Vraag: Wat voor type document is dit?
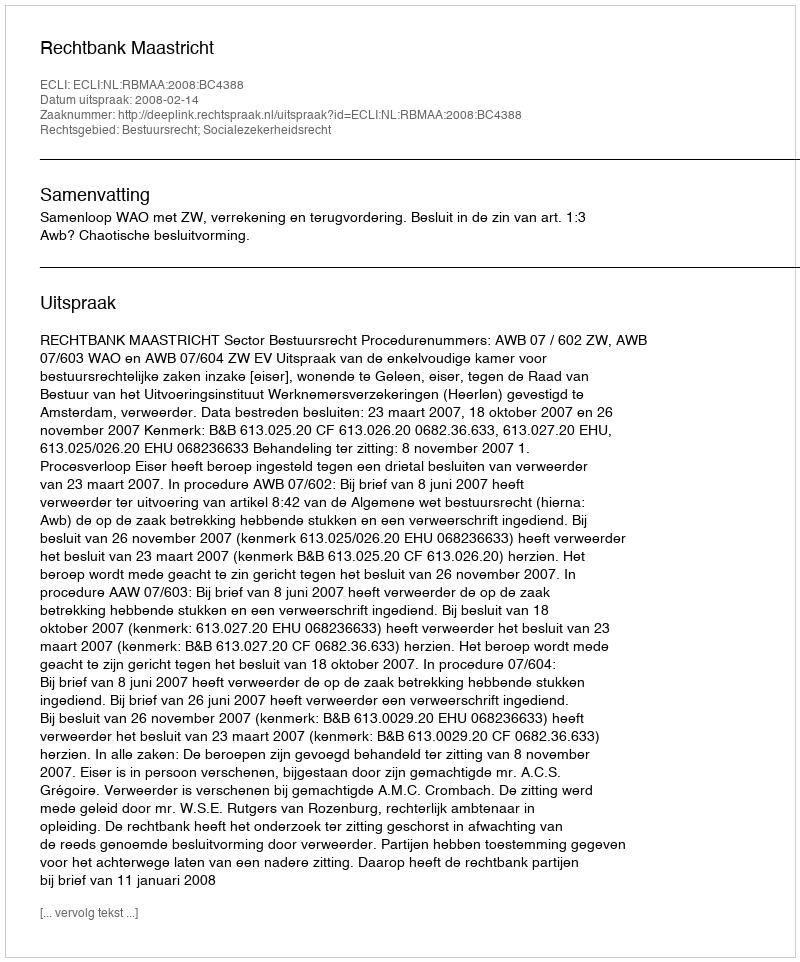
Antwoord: Uitspraak